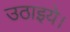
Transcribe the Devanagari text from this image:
उठाइये।